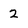
Character: 2